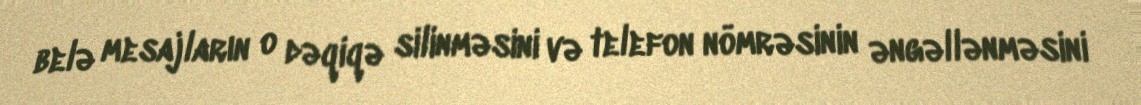
belə mesajların o dəqiqə silinməsini və telefon nömrəsinin əngəllənməsini